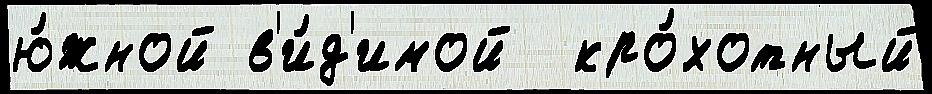
ю́жной в'и́д'имой  кро́хотный